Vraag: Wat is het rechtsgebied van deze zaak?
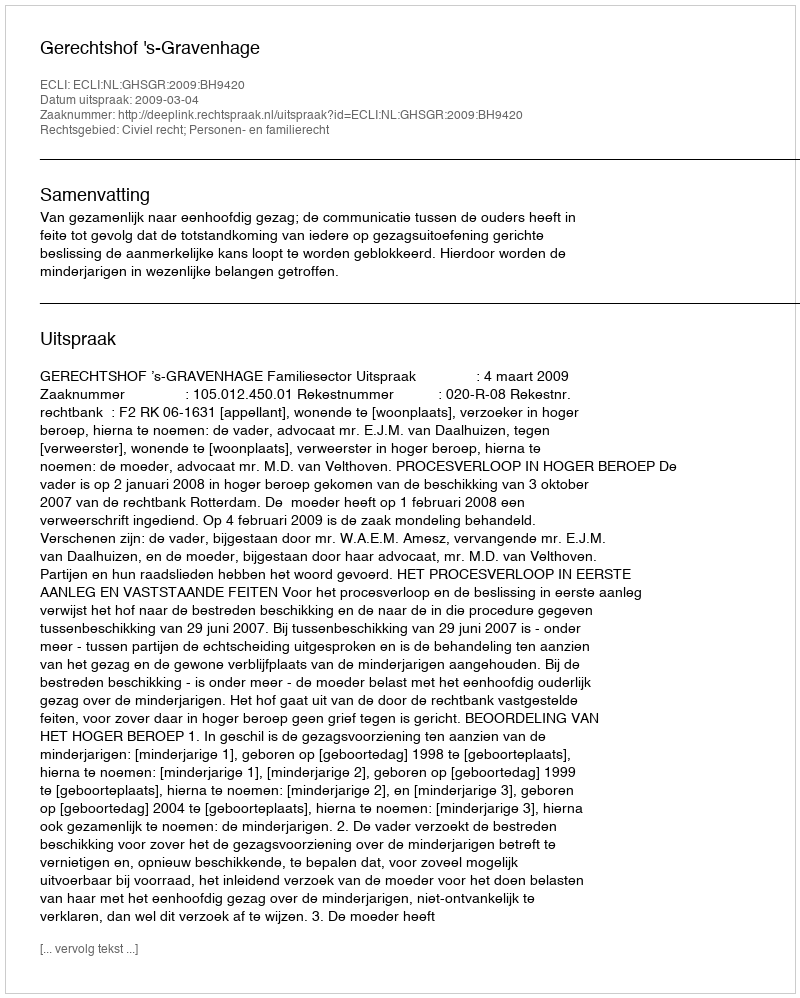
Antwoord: Civiel recht; Personen- en familierecht